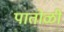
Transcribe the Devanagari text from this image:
पातोळी